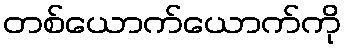
တစ်ယောက်ယောက်ကို